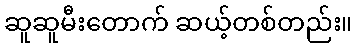
ဆူဆူမီးတောက် ဆယ့်တစ်တည်း။